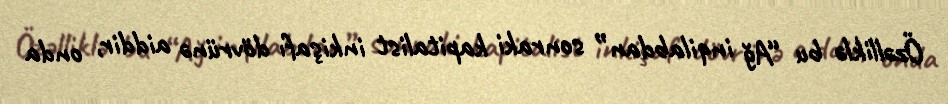
Özəlliklə bu “Ağ inqilabdan” sonraki kapitalist inkişafı dövrünə aiddir, onda